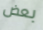
بعض